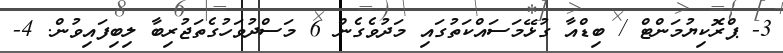
3- ޕްރޮކިޔުމަންޓް / ބިޑްއާ ގުޅޭމަސައްކަތުގައި މަދުވެގެން 6 މަސްދުވަހުގެތަޖުރިބާ ލިބިފައިވުން. 4-